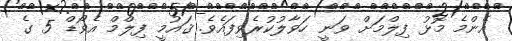
އެންމެ މޮޅު ފިލްމަށް ވަނީ ހަވާލުކުރެވިފައެވެ. ޤައުމީ ފިލްމް އެވޯޑް 5 ގެ